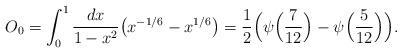
LaTeX: \begin{align*}O_0=\int_0^{1} {dx\over 1-x^2} \bigl( x^{-1/6} - x^{1/6}\bigr)={1\over 2}\Bigl(\psi \Bigl({7\over 12}\Bigr)-\psi \Bigl({5\over 12}\Bigr) \Bigr).\end{align*}